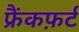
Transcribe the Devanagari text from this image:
फ्रैंकफ़र्ट